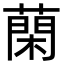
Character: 䔵